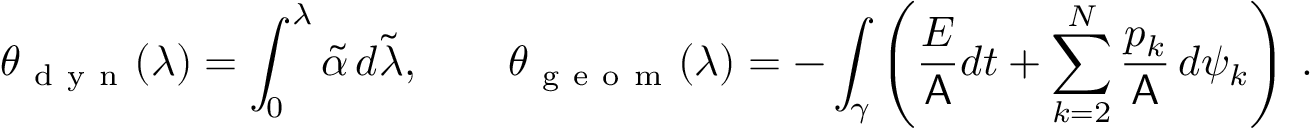
\theta _ { \mathrm { ~ d ~ y ~ n ~ } } ( \lambda ) = \int _ { 0 } ^ { \lambda } \widetilde { \alpha } \, d \widetilde { \lambda } , \qquad \theta _ { \mathrm { ~ g ~ e ~ o ~ m ~ } } ( \lambda ) = - \int _ { \gamma } \left( \frac { E } { \mathsf { A } } d t + \sum _ { k = 2 } ^ { N } \frac { p _ { k } } { \mathsf { A } } \, d \psi _ { k } \right) \, .